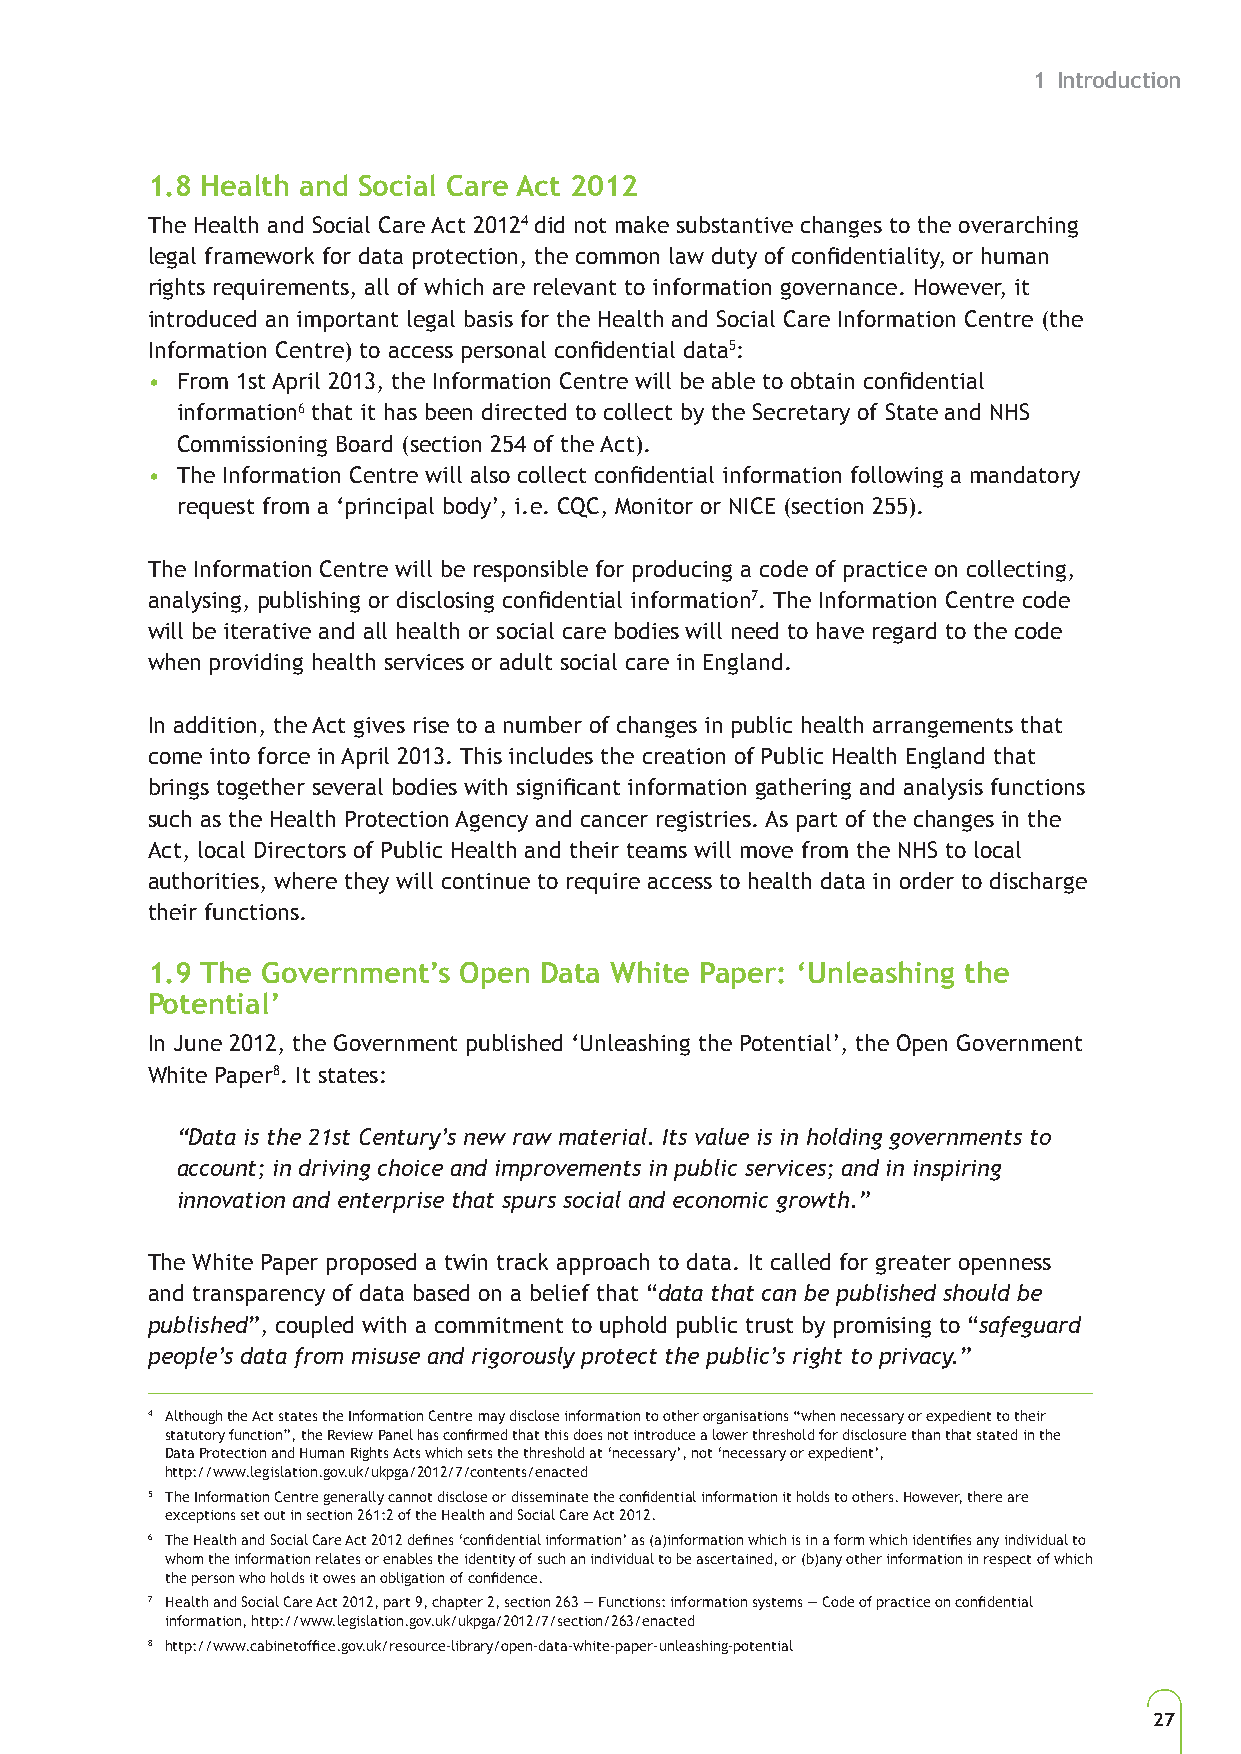
1 Introduction
 1.8 Health and Social Care Act 2012
 The Health and Social Care Act 20124 did not make substantive changes to the overarching
 legal framework for data protection, the common law duty of confidentiality, or human
 rights requirements, all of which are relevant to information governance. However, it
 introduced an important legal basis for the Health and Social Care Information Centre (the
 Information Centre) to access personal confidential data5:
 • From 1st April 2013, the Information Centre will be able to obtain confidential
 information6 that it has been directed to collect by the Secretary of State and NHS
 Commissioning Board (section 254 of the Act).
 • The Information Centre will also collect confidential information following a mandatory
 request from a ‘principal body’, i.e. CQC, Monitor or NICE (section 255).
 The Information Centre will be responsible for producing a code of practice on collecting,
 analysing, publishing or disclosing confidential information7. The Information Centre code
 will be iterative and all health or social care bodies will need to have regard to the code
 when providing health services or adult social care in England.
 In addition, the Act gives rise to a number of changes in public health arrangements that
 come into force in April 2013. This includes the creation of Public Health England that
 brings together several bodies with significant information gathering and analysis functions
 such as the Health Protection Agency and cancer registries. As part of the changes in the
 Act, local Directors of Public Health and their teams will move from the NHS to local
 authorities, where they will continue to require access to health data in order to discharge
 their functions.
 1.9 The Government’s Open Data White Paper: ‘Unleashing the
 Potential’
 In June 2012, the Government published ‘Unleashing the Potential’, the Open Government
 White Paper8. It states:
 “Data is the 21st Century’s new raw material. Its value is in holding governments to
 account; in driving choice and improvements in public services; and in inspiring
 innovation and enterprise that spurs social and economic growth.”
 The White Paper proposed a twin track approach to data. It called for greater openness
 and transparency of data based on a belief that “data that can be published should be
 published”, coupled with a commitment to uphold public trust by promising to “safeguard
 people’s data from misuse and rigorously protect the public’s right to privacy.”
 4 Although the Act states the Information Centre may disclose information to other organisations “when necessary or expedient to their
 statutory function”, the Review Panel has confirmed that this does not introduce a lower threshold for disclosure than that stated in the
 Data Protection and Human Rights Acts which sets the threshold at ‘necessary’, not ‘necessary or expedient’,
 http://www.legislation.gov.uk/ukpga/2012/7/contents/enacted
 5 The Information Centre generally cannot disclose or disseminate the confidential information it holds to others. However, there are
 exceptions set out in section 261:2 of the Health and Social Care Act 2012.
 6 The Health and Social Care Act 2012 defines ‘confidential information’ as (a)information which is in a form which identifies any individual to
 whom the information relates or enables the identity of such an individual to be ascertained, or (b)any other information in respect of which
 the person who holds it owes an obligation of confidence.
 7 Health and Social Care Act 2012, part 9, chapter 2, section 263 — Functions: information systems — Code of practice on confidential
 information, http://www.legislation.gov.uk/ukpga/2012/7/section/263/enacted
 8 http://www.cabinetoffice.gov.uk/resource-library/open-data-white-paper-unleashing-potential
 27